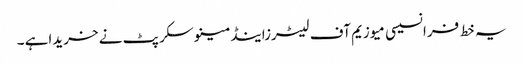
یہ خط فرانسیسی میوزیم آف لیٹرزاینڈمینوسکرپٹ نے خریداہے ۔